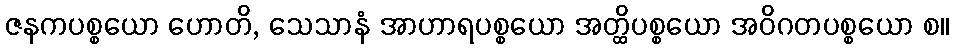
ဇနကပစ္စယော ဟောတိ, သေသာနံ အာဟာရပစ္စယော အတ္ထိပစ္စယော အဝိဂတပစ္စယော စ။